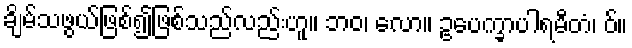
ချိမ်သဖွယ်ဖြစ်၍ဖြစ်သည်လည်းဟူ။ ဘဝ၊ လော။ ဥပေက္ခာပါရမီတံ၊ ဝ်။